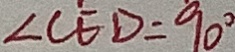
\angle C E D = 9 0 ^ { \circ }